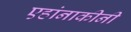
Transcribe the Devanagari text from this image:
एहांनाकीनी